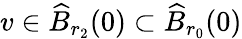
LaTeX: v\in\widehat{B}_{r_{2}}(0)\subset\widehat{B}_{r_{0}}(0)